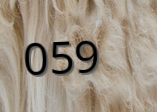
059